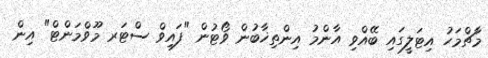
މާޗްމަހު އިޓަލީގައި ބޭއްވި އާންމު އިންތިޚާބުން ވޯޓުން "ފައިވް ސްޓަރ މޫވްމަންޓް" އިން